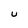
Character: U